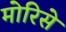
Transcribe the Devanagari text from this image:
मोरिसे